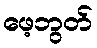
ဖေ့ဘွတ်